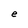
Character: e